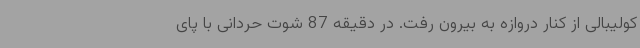
کولیبالی از کنار دروازه به بیرون رفت. در دقیقه 87 شوت حردانی با پای